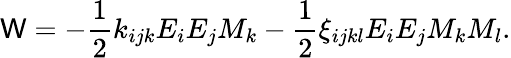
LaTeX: \mathsf{W}=-\frac{{1}}{{2}}k_{ijk}E_{i}E_{j}M_{k}-\frac{{1}}{{2}}\xi_{ijkl}E_{i}E_{j}M_{k}M_{l}.